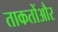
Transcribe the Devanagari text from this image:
ताकतोंऔर